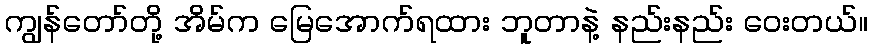
ကျွန်တော်တို့ အိမ်က မြေအောက်ရထား ဘူတာနဲ့ နည်းနည်း ဝေးတယ်။